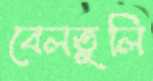
বেলতুলি